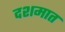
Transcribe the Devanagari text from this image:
दशमात